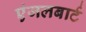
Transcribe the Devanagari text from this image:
एंजलबार्ट